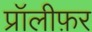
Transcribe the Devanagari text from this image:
प्रॉलीफ़र